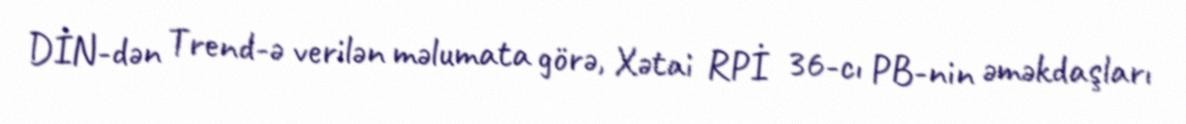
DİN-dən Trend-ə verilən məlumata görə, Xətai RPİ 36-cı PB-nin əməkdaşları